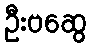
ဦးဗဆွေ